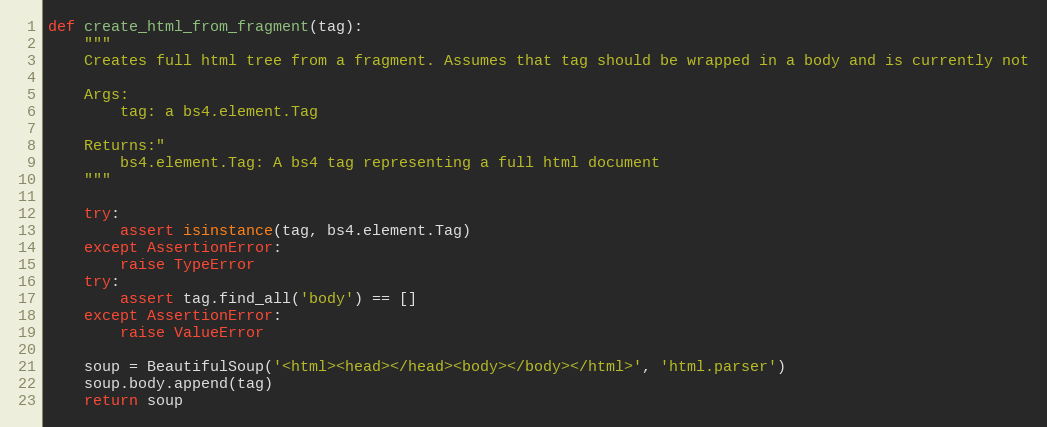
Language: Python
def create_html_from_fragment(tag):
    """
    Creates full html tree from a fragment. Assumes that tag should be wrapped in a body and is currently not

    Args:
        tag: a bs4.element.Tag

    Returns:"
        bs4.element.Tag: A bs4 tag representing a full html document
    """

    try:
        assert isinstance(tag, bs4.element.Tag)
    except AssertionError:
        raise TypeError
    try:
        assert tag.find_all('body') == []
    except AssertionError:
        raise ValueError

    soup = BeautifulSoup('<html><head></head><body></body></html>', 'html.parser')
    soup.body.append(tag)
    return soup